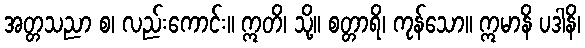
အတ္တသညာ စ၊ လည်းကောင်း။ ဣတိ၊ သို့။ စတ္တာရိ၊ ကုန်သော။ ဣမာနိ ပဒါနိ၊